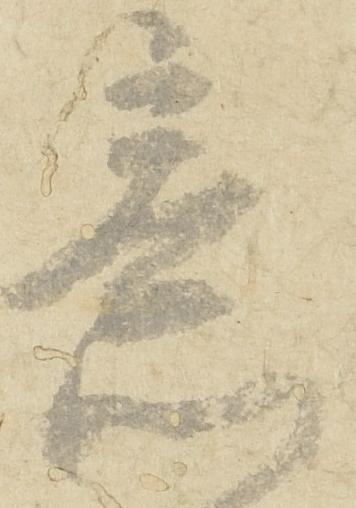
意